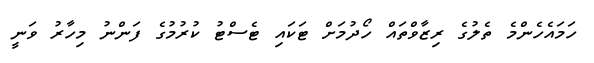
ހަމައެހެންމެ ތެލުގެ ރިޒާވްތައް ހޯދުމަށް ޓަކައި ޓެސްޓު ކުރުމުގެ ފަންނު މިހާރު ވަނީ